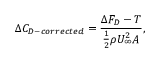
\Delta { C } _ { D - c o r r e c t e d } = \frac { \Delta F _ { D } - T } { \frac { 1 } { 2 } \rho U _ { \infty } ^ { 2 } A } ,